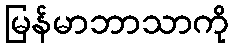
မြန်မာဘာသာကို